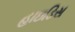
હાઇડિસ